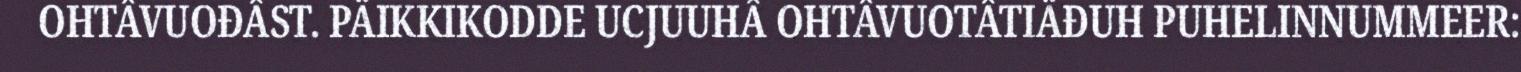
OHTÂVUOĐÂST. PÄIKKIKODDE UCJUUHÂ OHTÂVUOTÂTIÄĐUH PUHELINNUMMEER: